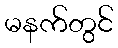
မနက်တွင်